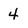
Character: 4